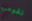
تقومي